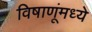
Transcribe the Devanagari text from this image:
विषाणूंमध्ये